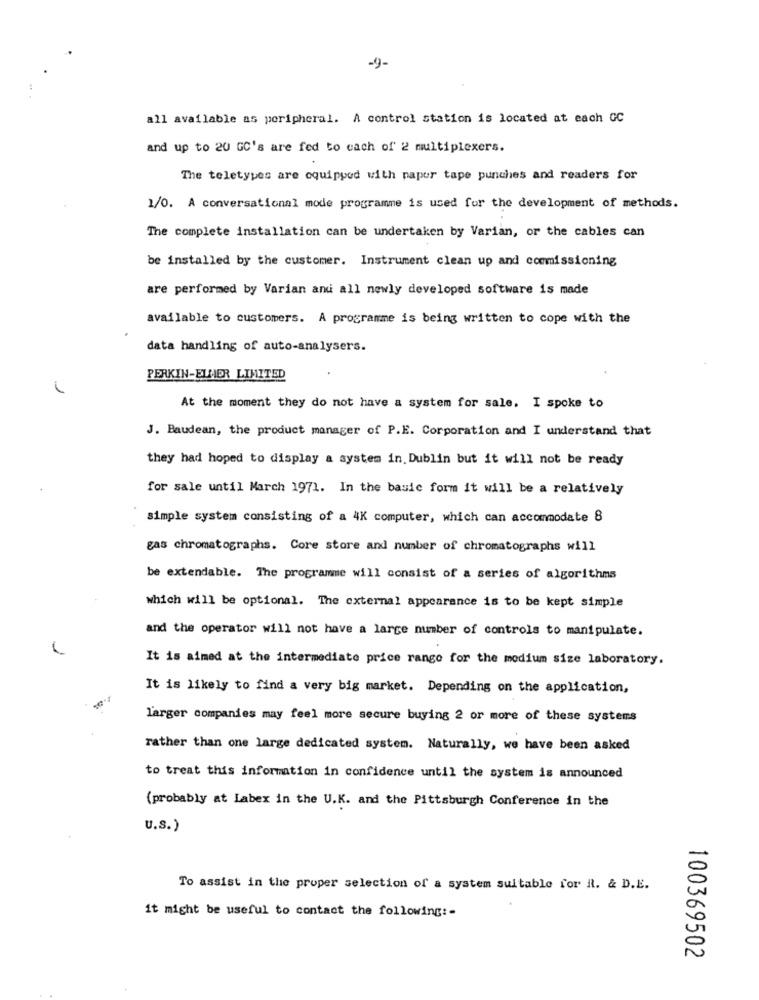
-9-
all available as peripheral. A control station is located at each GC
and up to 20 GC's are fed to each of 2 multiplexers.
The teletypes are equipped with paper tape punches and readers for
1/0. A conversational mode programme is used for the development of methods.
The complete installation can be undertaken by Varian, or the cables can
be installed by the customer. Instrument clean up and commissioning
are performed by Varian and all newly developed software is made
available to customers. A programme is being written to cope with the
data handling of auto-analysers.
PERKIN-ELLER LIMITED
1
At the moment they do not have a system for sale. I spoke to
J. Baudean, the product manager of P.E. Corporation and I understand that
they had hoped to display a system in. Dublin but it will not be ready
for sale until March 1971. In the basic form it will be a relatively
simple system consisting of a 4K computer, which can accommodate 8
gas chromatographs. Core store and number of chromatographs will
be extendable. The programme will consist of a series of algorithms
which will be optional. The external appearance is to be kept simple
and the operator will not have a large number of controls to manipulate.
It is aimed at the intermediate price range for the medium size laboratory.
It is likely to find a very big market. Depending on the application,
larger companies may feel more secure buying 2 or more of these systems
rather than one large dedicated system. Naturally, we have been asked
to treat this information in confidence until the system is announced
(probably at Labex in the U.K. and the Pittsburgh Conference in the
U.s. )
To assist in the proper selection of a system suitable for R. & D.E.
it might be useful to contact the following: -
100369502